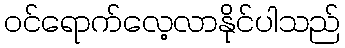
ဝင်ရောက်လေ့လာနိုင်ပါသည်